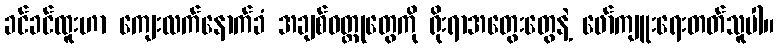
ခင်ခင်ထူးဟာ ကျေးလက်နောက်ခံ အချစ်ဝတ္ထုတွေကို ရိုးရာအတွေးတွေနဲ့ ဖော်ကျူးရေးတတ်သူပါ။